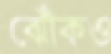
ঝোঁকও